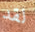
لقد